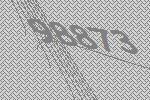
98873